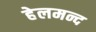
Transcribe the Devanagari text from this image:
हेलमन्द